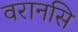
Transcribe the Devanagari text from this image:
वरानसि